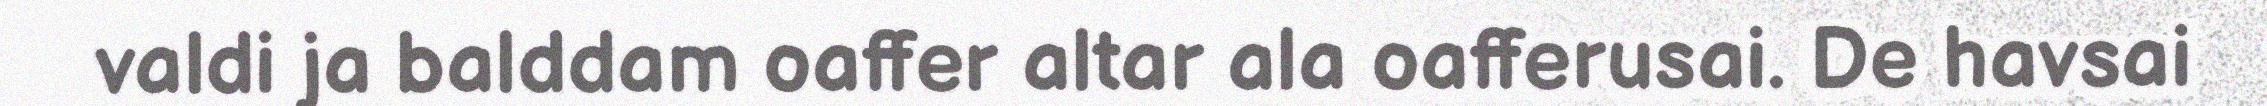
valdi ja balddam oaffer altar ala oafferusai. De havsai